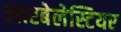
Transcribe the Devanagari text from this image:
लारबेलेस्टियर